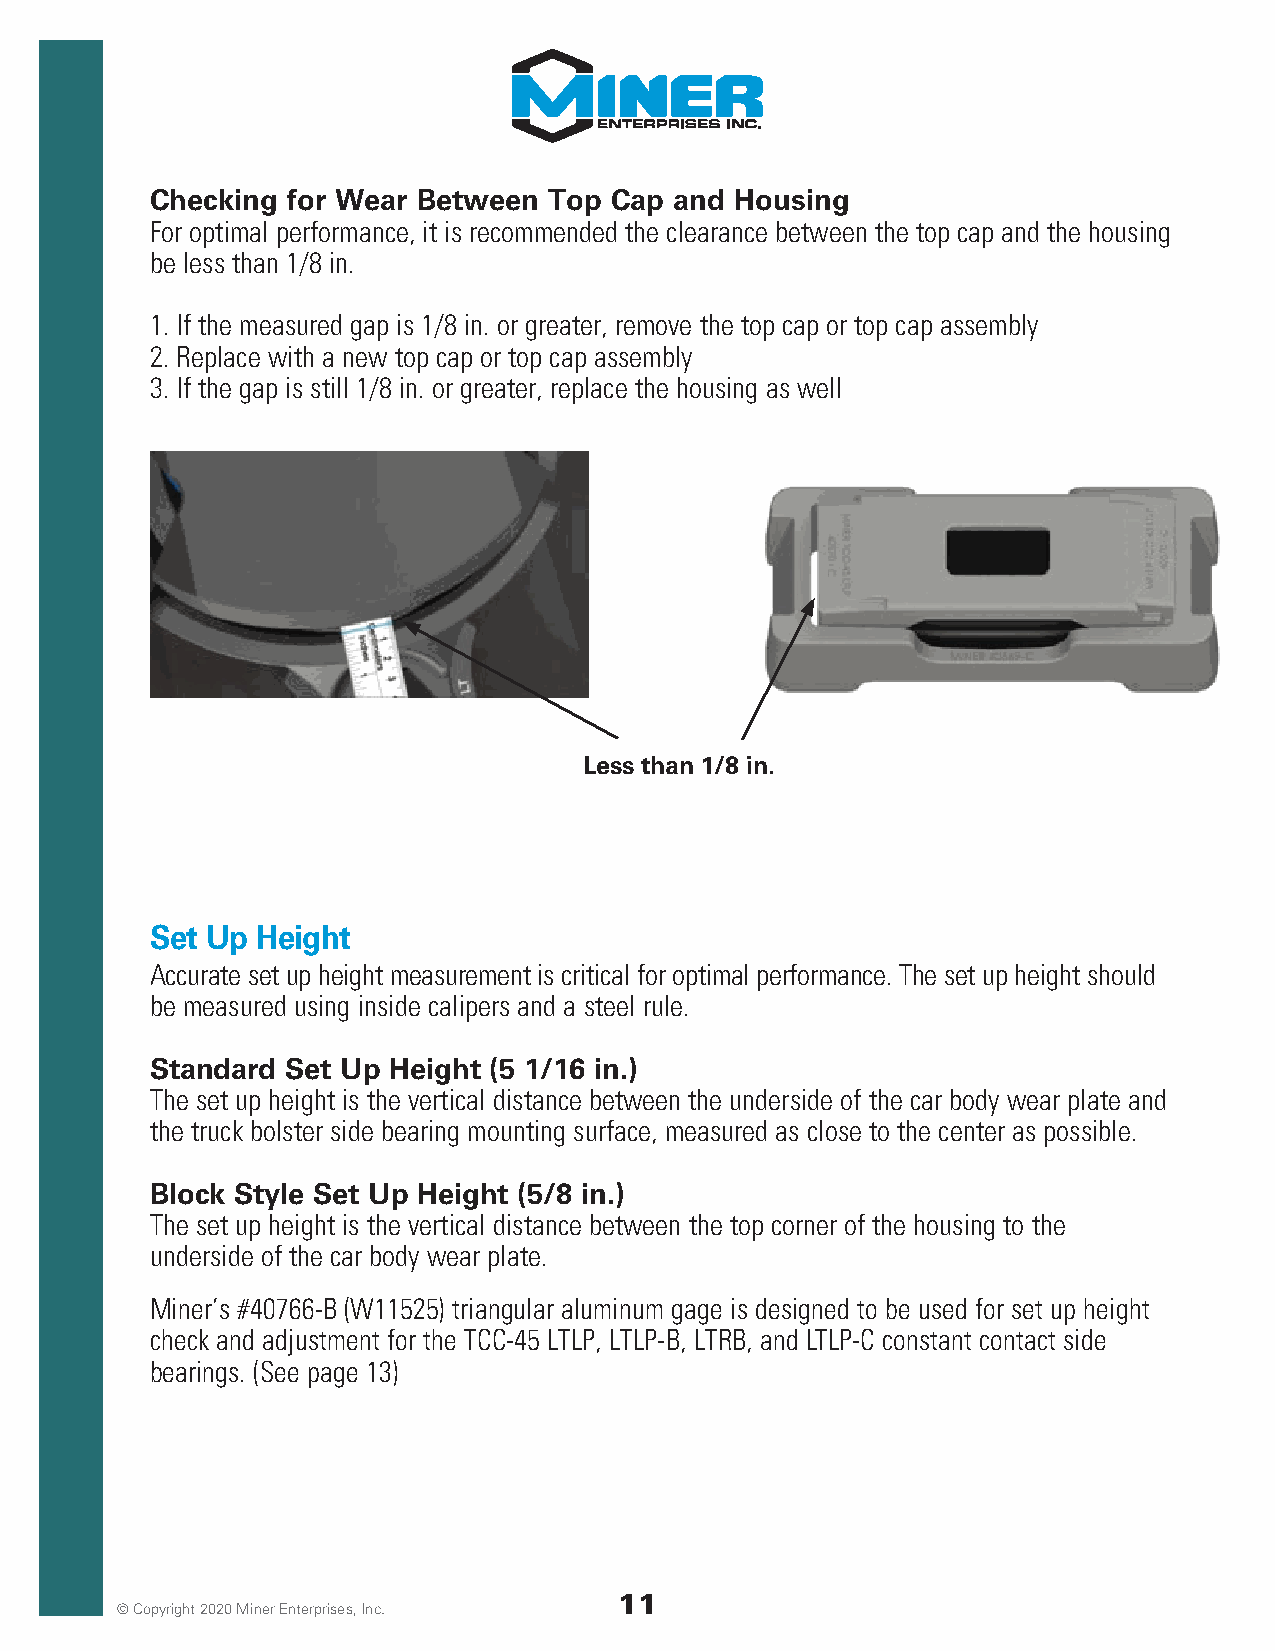
Checking for Wear Between Top Cap  and Housing
 For optimal performance, it is recommended the clearance between the top cap and the housing
 be less than 1/8 in.
 1. If the measured gap is 1/8 in. or greater, remove the top cap or top cap assembly
 2. Replace with a new top cap or top cap assembly
 3. If the gap is still 1/8 in. or greater, replace the housing as well
 Less than 1/8 in.
 Set Up Height
 Accurate set up height measurement is critical for optimal performance. The set up height should
 be measured using inside calipers and a steel rule.
 Standard Set Up Height (5 1/16 in.)
 The set up height is the vertical distance between the underside of the car body wear plate and
 the truck bolster side bearing mounting surface, measured as close to the center as possible.
 Block Style Set Up Height (5/8 in.)
 The set up height is the vertical distance between the top corner of the housing to the
 underside of the car body wear plate.
 Miner’s #40766-B (W11525) triangular aluminum gage is designed to be used for set up height
 check and adjustment for the TCC-45 LTLP, LTLP-B, LTRB, and LTLP-C constant contact side
 bearings. (See page 13)
 11
 © Copyright 2020 Miner Enterprises, Inc.